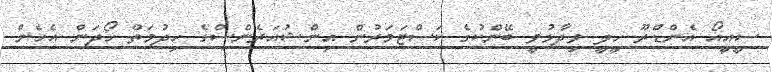
ސީއީއޯ އެންޑްރޫ ހީލީ ވިދާޅުވީ ބޭންކުގެ ކަސްޓަމަރުން އިންޝުއަރެންސްގެ ހިދުމަތް ހޯދަން އެހެން